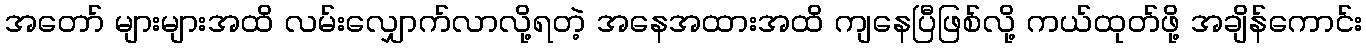
အတော် များများအထိ လမ်းလျှောက်လာလို့ရတဲ့ အနေအထားအထိ ကျနေပြီဖြစ်လို့ ကယ်ထုတ်ဖို့ အချိန်ကောင်း